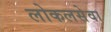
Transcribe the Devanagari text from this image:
लोकलसेवा